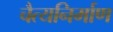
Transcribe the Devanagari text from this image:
चैत्यनिर्माण